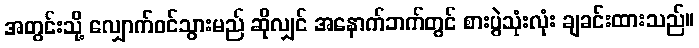
အတွင်းသို့ လျှောက်ဝင်သွားမည် ဆိုလျှင် အနောက်ဘက်တွင် စားပွဲသုံးလုံး ချခင်းထားသည်။